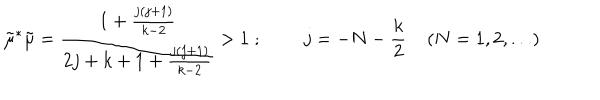
LaTeX: \tilde { \mu } ^ { * } \tilde { \mu } = \frac { 1 + \frac { j ( j + 1 ) } { k - 2 } } { 2 j + k + 1 + \frac { j ( j + 1 ) } { k - 2 } } > 1 \; ; \; \; j = - N - \frac { k } { 2 } \; ( N = { 1 , 2 , . . . } )